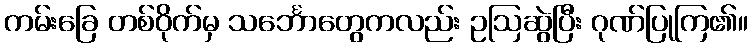
ကမ်းခြေ တစ်ဝိုက်မှ သင်္ဘောတွေကလည်း ဥဩဆွဲပြီး ဂုဏ်ပြုကြ၏။